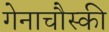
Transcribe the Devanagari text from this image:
गेनाचौस्की